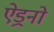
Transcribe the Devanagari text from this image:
ऐड्रनो